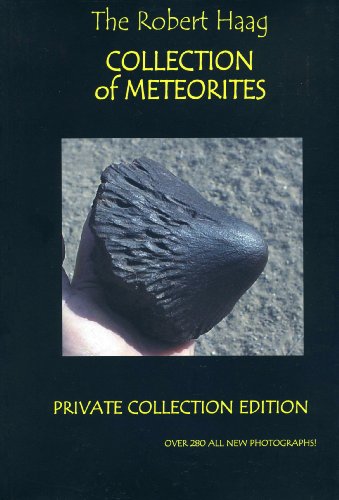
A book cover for The Robert Haag Collection Of Meteorites (Private Collection Edition); Robert Haag; Science & Math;